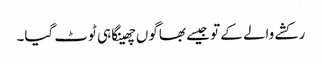
رکشے والے کے تو جیسے بھاگوں چھینکا ہی ٹوٹ گیا۔